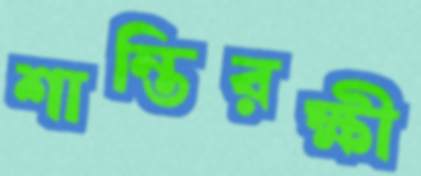
শান্তিরক্ষী